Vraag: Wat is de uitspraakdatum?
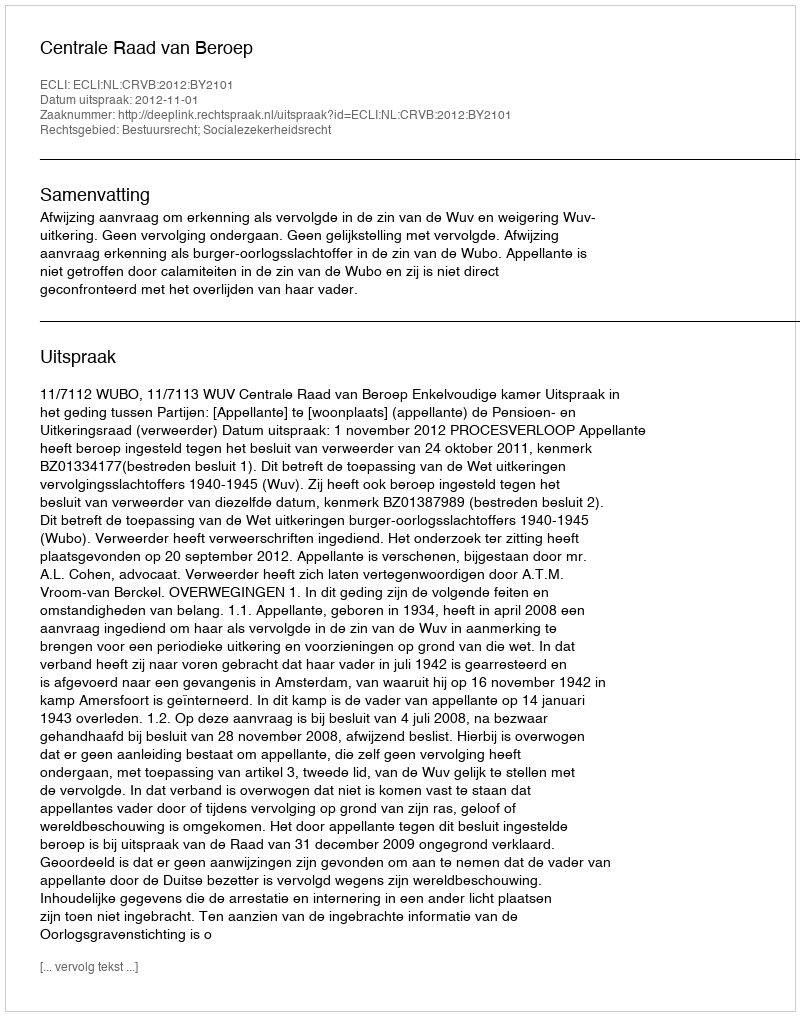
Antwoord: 2012-11-01